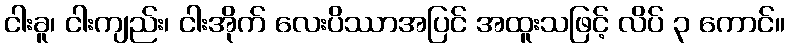
ငါးခူ၊ ငါးကျည်း၊ ငါးအိုက် လေးပိဿာအပြင် အထူးသဖြင့် လိပ် ၃ ကောင်။